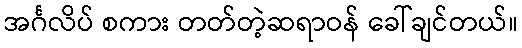
အင်္ဂလိပ် စကား တတ်တဲ့ဆရာဝန် ခေါ်ချင်တယ်။